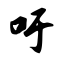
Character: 吁